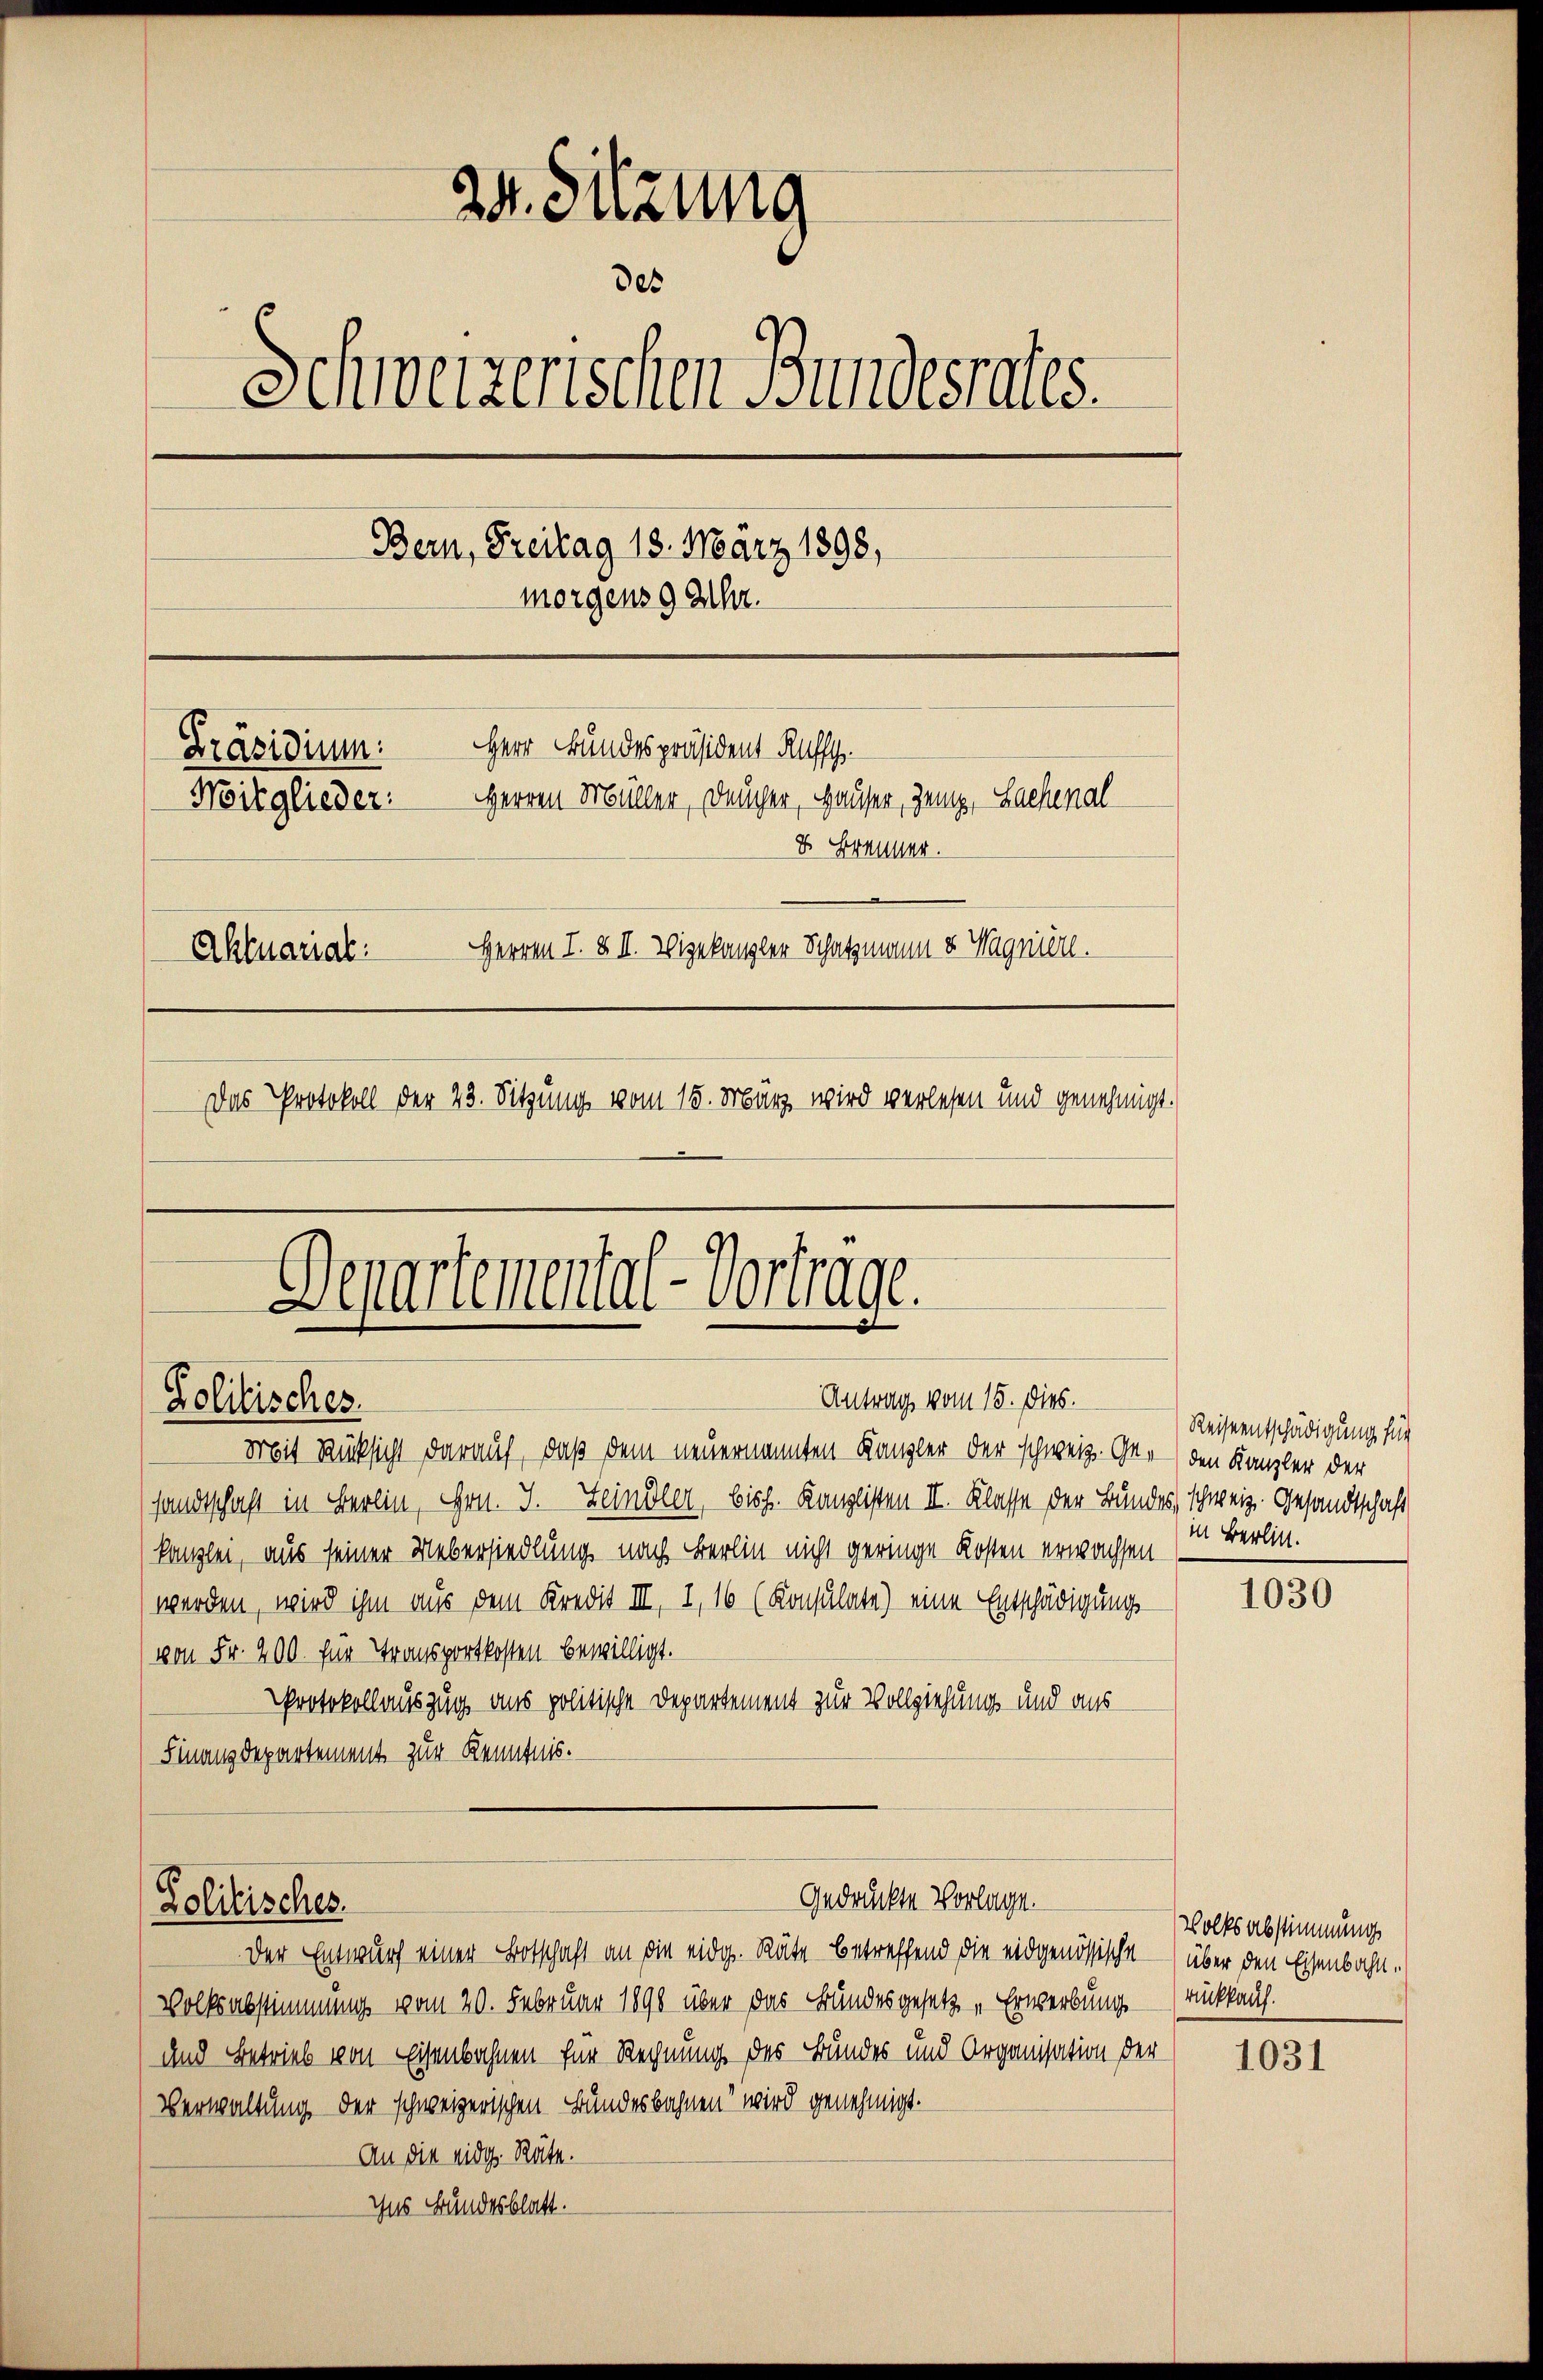
24. Sitzung
des
Schweizerischen Bundesfalls.
Bern, Freitag 18. März 1898,
morgens 9 Uhr.
Herr Bundespräsident Kaffe
Präsidium:
Herren Müller, Deucher, Hauser, Zeug, Lachenal
Mitglieder
8 Brenner.
Herren I. & II. Wigekanzler Schatzmann & Wagniell.
Aktuarial
Das Protokoll der 23. Sitzung vom 15. März wird verlesen und genehmigt.

Departemental-Vortrage.
Antrag vom 15. dies.
Zolitisches.

Mit Rücksicht darauf, daß dem neuernannten Kanzler der schweiz. Ge- den Kanzler der
sandtschaft in Berlin, Hrn. J. Leindler, bisch. Kanzlisten II. Klasse der Bundes, schweiz. Gesandtschaft
kanzlei, aus seiner Uebersiedlung nach Berlin nicht geringe Kosten erwachsen
werden, wird ihm aus dem Kredit III, 1, 16 (Konsulate) eine Entschädigungs-
(von Fr. 200. für Transportkosten bewilligt.
Protokollauszug aus politische Departement zur Vollziehung und aus
Finanzdepartement zur Kenntnis.

Zolitisches.

Gedrückte Vorlage.

Der Entwurf einer Botschaft an die eidg. Räte betreffend die eidgenössische über den Eisenbahn.
Volksabstimmung vom 20. Februar 1890 über das Bundesgesetz „Erwerbung
und Betrieb von Eisenbahnen für Rechnung des Bundes und Organisation der
Verwaltung der schweizerischen Bundesbahnen wird genehmigt.
An die eidg. Räte.
Ins Bundesblatt.

Reiseentschädigung für
in Berlin.

1030

Volksabstimmung
Rückkauf.

1031